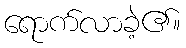
ရောက်လာခဲ့၏။